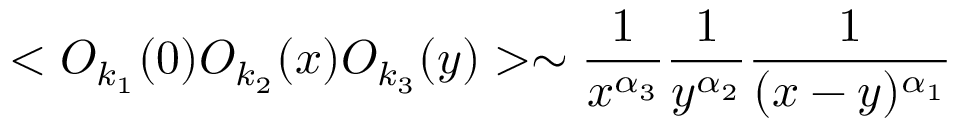
< { \cal O } _ { k _ { 1 } } ( 0 ) { \cal O } _ { k _ { 2 } } ( x ) { \cal O } _ { k _ { 3 } } ( y ) > \sim \frac { 1 } { x ^ { \alpha _ { 3 } } } \frac { 1 } { y ^ { \alpha _ { 2 } } } \frac { 1 } { ( x - y ) ^ { \alpha _ { 1 } } }